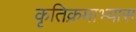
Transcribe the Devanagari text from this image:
कृतिक्रमाभ्यास